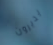
يديرون